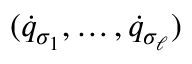
( { \dot { q } } _ { \sigma _ { 1 } } , \dots , { \dot { q } } _ { \sigma _ { \ell } } )